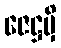
ဇေဋ္ဌမှိ